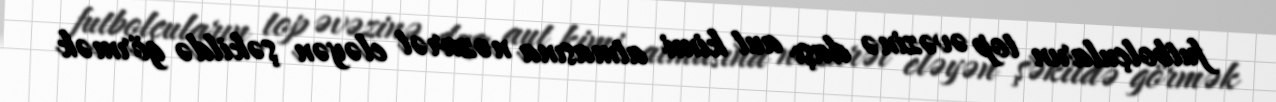
futbolçuların top əvəzinə daşı aut kimi atmasına nəzarət eləyən şəkildə görmək